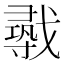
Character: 𫼈